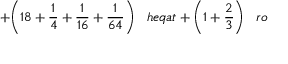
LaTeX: + { \bigg ( } 1 8 + { \frac { 1 } { 4 } } + { \frac { 1 } { 1 6 } } + { \frac { 1 } { 6 4 } } { \bigg ) } \; \; \; h e q a t + { \bigg ( } 1 + { \frac { 2 } { 3 } } { \bigg ) } \; \; \; r o